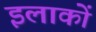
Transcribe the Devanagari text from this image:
इलाकाें